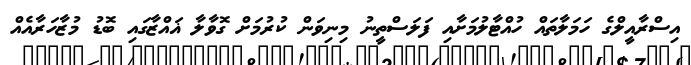
އިސްރާއީލްގެ ހަމަލާތައް ހުއްޓާލުމަށާއި ފަލަސްތީނު މިނިވަން ކުރުމަށް ގޮވާލާ ޣައްޒާގައި ބޮޑު މުޒާހަރާއެއް